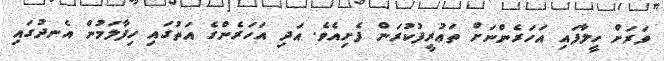
ވަރަށް ހީލާފައި އަހަރެންނަށް ތަޢުރީފުކުރަން ފެށިއެވެ. އަދި އަހަރެންގެ އަތުގައި ހިފާލަމުން އެނދުގައި